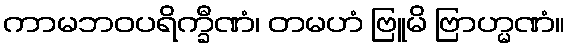
ကာမဘဝပရိက္ခီဏံ၊ တမဟံ ဗြူမိ ဗြာဟ္မဏံ။